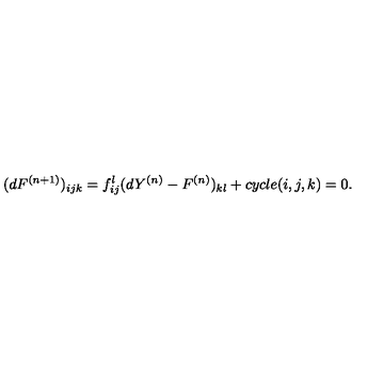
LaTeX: ( d F ^ { ( n + 1 ) } ) _ { i j k } = f _ { i j } ^ { l } ( d Y ^ { ( n ) } - F ^ { ( n ) } ) _ { k l } + c y c l e ( i , j , k ) = 0 .